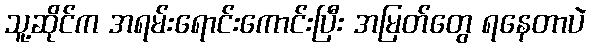
သူ့ဆိုင်က အရမ်းရောင်းကောင်းပြီး အမြတ်တွေ ရနေတာပဲ